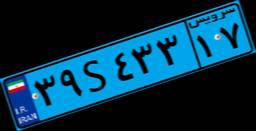
۳۹S۴۳۳۱۷